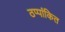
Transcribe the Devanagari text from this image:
ठप्पांकित